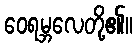
ဝေရမ္ဘလေတို့၏။